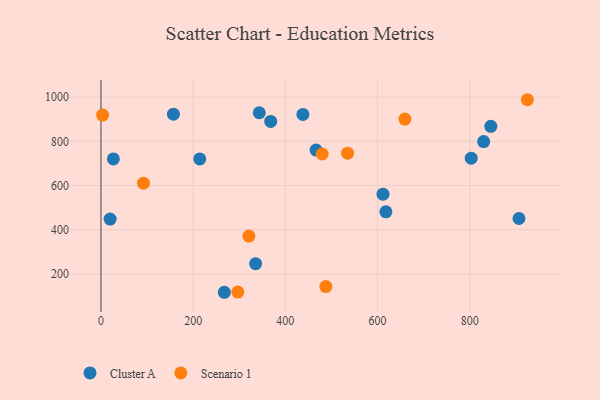
{"axis": {"x": "Study Hours", "y": "Profit"}, "legend": ["Cluster A", "Scenario 1"], "data": [{"x": "466.6", "y": 760.4, "type": "Cluster A"}, {"x": "26.9", "y": 720.3, "type": "Cluster A"}, {"x": "611.8", "y": 560.6, "type": "Cluster A"}, {"x": "845.7", "y": 867.7, "type": "Cluster A"}, {"x": "214.3", "y": 720.5, "type": "Cluster A"}, {"x": "830.2", "y": 798.9, "type": "Cluster A"}, {"x": "343.4", "y": 929.3, "type": "Cluster A"}, {"x": "335.5", "y": 246.1, "type": "Cluster A"}, {"x": "368.2", "y": 890.1, "type": "Cluster A"}, {"x": "267.6", "y": 116.9, "type": "Cluster A"}, {"x": "19.9", "y": 448.1, "type": "Cluster A"}, {"x": "906.8", "y": 450.7, "type": "Cluster A"}, {"x": "618.1", "y": 480.8, "type": "Cluster A"}, {"x": "803.1", "y": 723.7, "type": "Cluster A"}, {"x": "157.2", "y": 922.8, "type": "Cluster A"}, {"x": "438.1", "y": 921.8, "type": "Cluster A"}, {"x": "487.8", "y": 142.6, "type": "Scenario 1"}, {"x": "479.8", "y": 742.6, "type": "Scenario 1"}, {"x": "925.0", "y": 988.2, "type": "Scenario 1"}, {"x": "534.9", "y": 746.5, "type": "Scenario 1"}, {"x": "296.9", "y": 118.0, "type": "Scenario 1"}, {"x": "320.9", "y": 371.1, "type": "Scenario 1"}, {"x": "659.2", "y": 900.8, "type": "Scenario 1"}, {"x": "92.2", "y": 610.5, "type": "Scenario 1"}, {"x": "3.6", "y": 918.7, "type": "Scenario 1"}]}